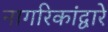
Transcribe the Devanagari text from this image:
नागरिकांद्वारे